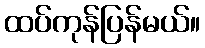
ထပ်ကုန်ပြန်မယ်။